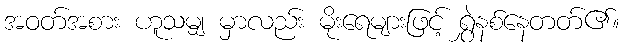
အဝတ်အစား ဟူသမျှ မှာလည်း မိုးရေများဖြင့် ရွှဲနစ်နေတတ်၏။